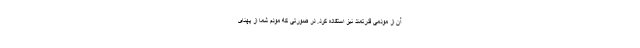
آن از مودمی قدرتمند نیز استفاده کرد. در صورتی که مودم شما از پهنای